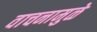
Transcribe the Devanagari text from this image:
वाचनामुळे